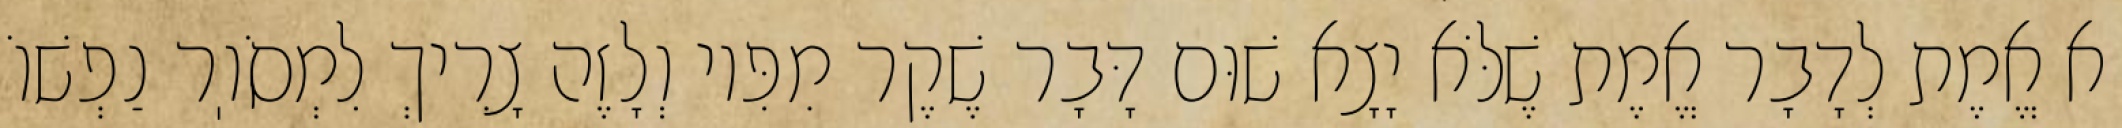
א אֱמֶת לְדָבָר אֱמֶת שֶׁלֹּא יָצָא שׁוּם דָּבָר שֶׁקֶר מִפִּיו וְלָזֶה צָרִיךְ לִמְסֹוֽר נַפְשׁוֹ